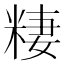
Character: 𱹊